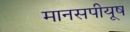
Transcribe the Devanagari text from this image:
मानसपीयूष